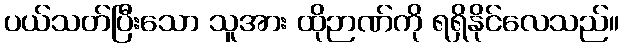
ပယ်သတ်ပြီးသော သူအား ထိုဉာဏ်ကို ရရှိနိုင်လေသည်။